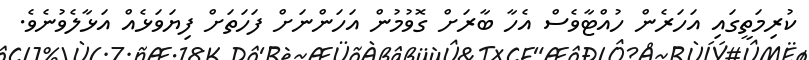
ކުރިމަތީގައި އަހަރެން ހުއްޓާވެސް އެހާ ބާރަށް ގޮވުމުން އަހަންނަށް ފަހަތަށް ފިޔަވަޅެއް އަޅާލެވުނެވެ.